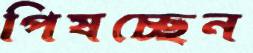
পিষচ্ছেন